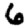
Digit: 6